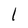
Character: l